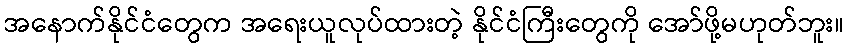
အနောက်နိုင်ငံတွေက အရေးယူလုပ်ထားတဲ့ နိုင်ငံကြီးတွေကို အော်ဖို့မဟုတ်ဘူး။